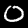
Digit: 0